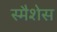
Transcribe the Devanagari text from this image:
स्मैशेस